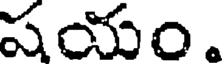
షయం.